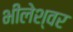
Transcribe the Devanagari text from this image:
भीलेश्‍वर